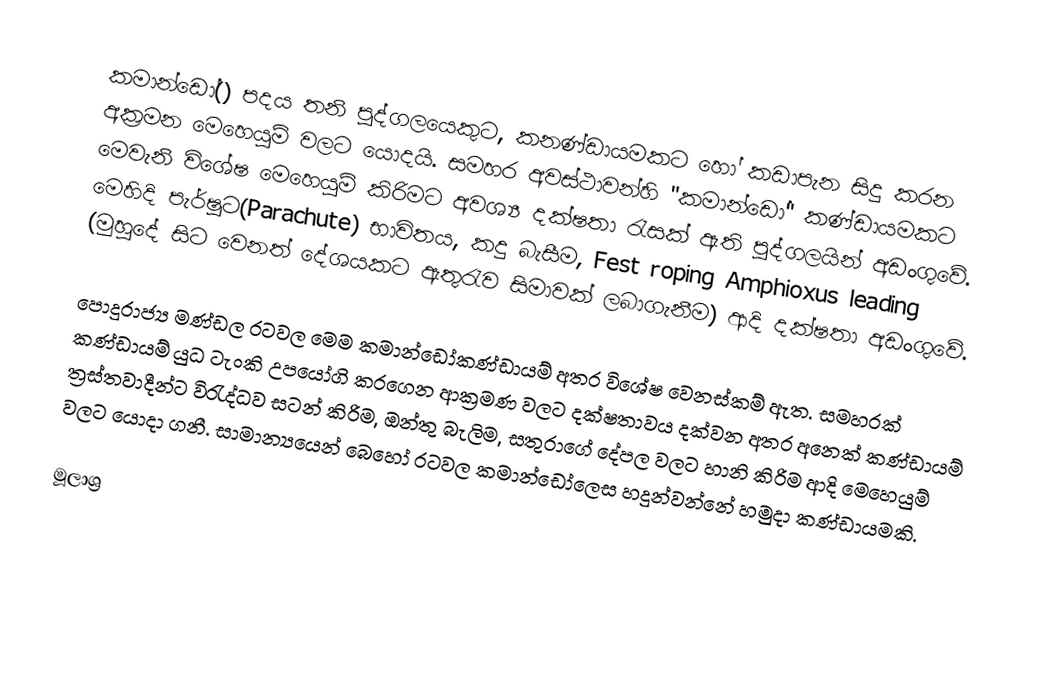
කමාන්ඩෝ() පදය තනි පුද්ගලයෙකුට, කනණ්ඩායමකට හෝ කඩාපැන සිදු කරන අක්‍රමන මෙහෙයුම් වලට යොදයි. සමහර අවස්ථාවන්හි "කමාන්ඩෝ" කණ්ඩායමකට මෙවැනි විශේෂ මෙහෙයුම් කිරිමට අවශ්‍ය දක්ෂතා රැසක් ඇති පුද්ගලයින් අඩංගුවේ. මෙහිදි පැර්ෂුට(Parachute) භාවිතය, කදු බැසීම,  Fest roping Amphioxus leading (මුහුදේ සිට වෙනත් දේශයකට ඇතුරැව සිමාවක් ලබාගැනීම) ආදි දක්ෂතා අඩංගුවේ.

පොදුරාජ්‍ය මණ්ඩල රටවල මෙම කමාන්ඩෝකණ්ඩායම් අතර විශේෂ වෙනස්කම් ඇත. සමහරක් කණ්ඩායම් යුධ ටැංකි උපයෝගි කරගෙන ආක්‍රමණ වලට දක්ෂතාවය දක්වන අතර අනෙක් කණ්ඩායම් ත්‍රස්තවාදීන්ට විරැද්ධව සටන් කිරිම, ඔන්තු බැලිම, සතුරාගේ දේපල වලට හානි කිරිම ආදි මෙහෙයුම් වලට යොදා ගනී. සාමාන්‍යයෙන් බෙහෝ රටවල  කමාන්ඩෝලෙස හදුන්වන්නේ හමුදා කණ්ඩායමකි.

මූලාශ්‍ර